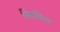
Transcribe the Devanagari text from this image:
नियमित